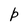
Character: P